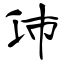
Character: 沛